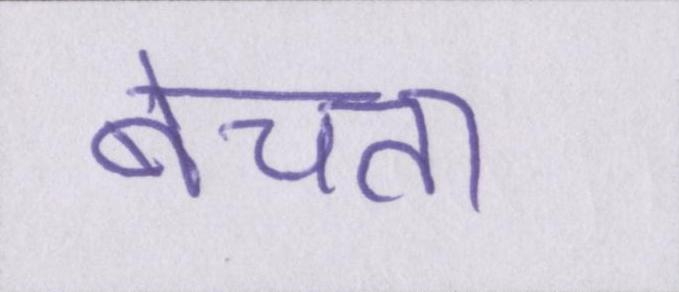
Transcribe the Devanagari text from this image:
बेचता